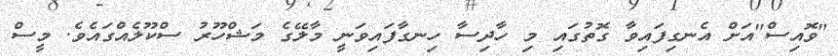
"ވޮއިސް"އަށް އެނގިފައިވާ ގޮތުގައި މި ހާދިސާ ހިނގާފައިވަނީ މާލޭގެ މަޝްހޫރު ސްކޫލެއްގައެވެ. މީސް